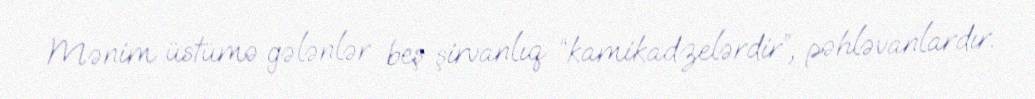
Mənim üstümə gələnlər beş şirvanlıq “kamikadzelərdir”, pəhləvanlardır.